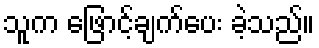
သူက ဖြောင့်ချက်ပေး ခဲ့သည်။